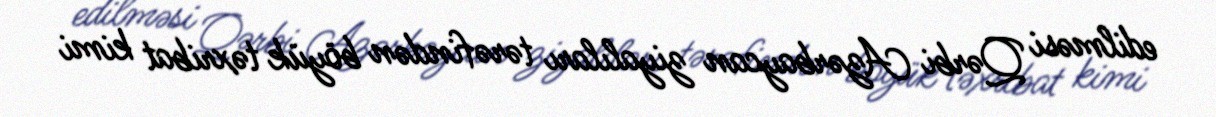
edilməsi Qərbi Azərbaycan ziyalıları tərəfindən böyük təxribat kimi